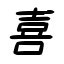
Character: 喜